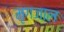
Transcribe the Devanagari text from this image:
मृगजाल